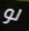
لو